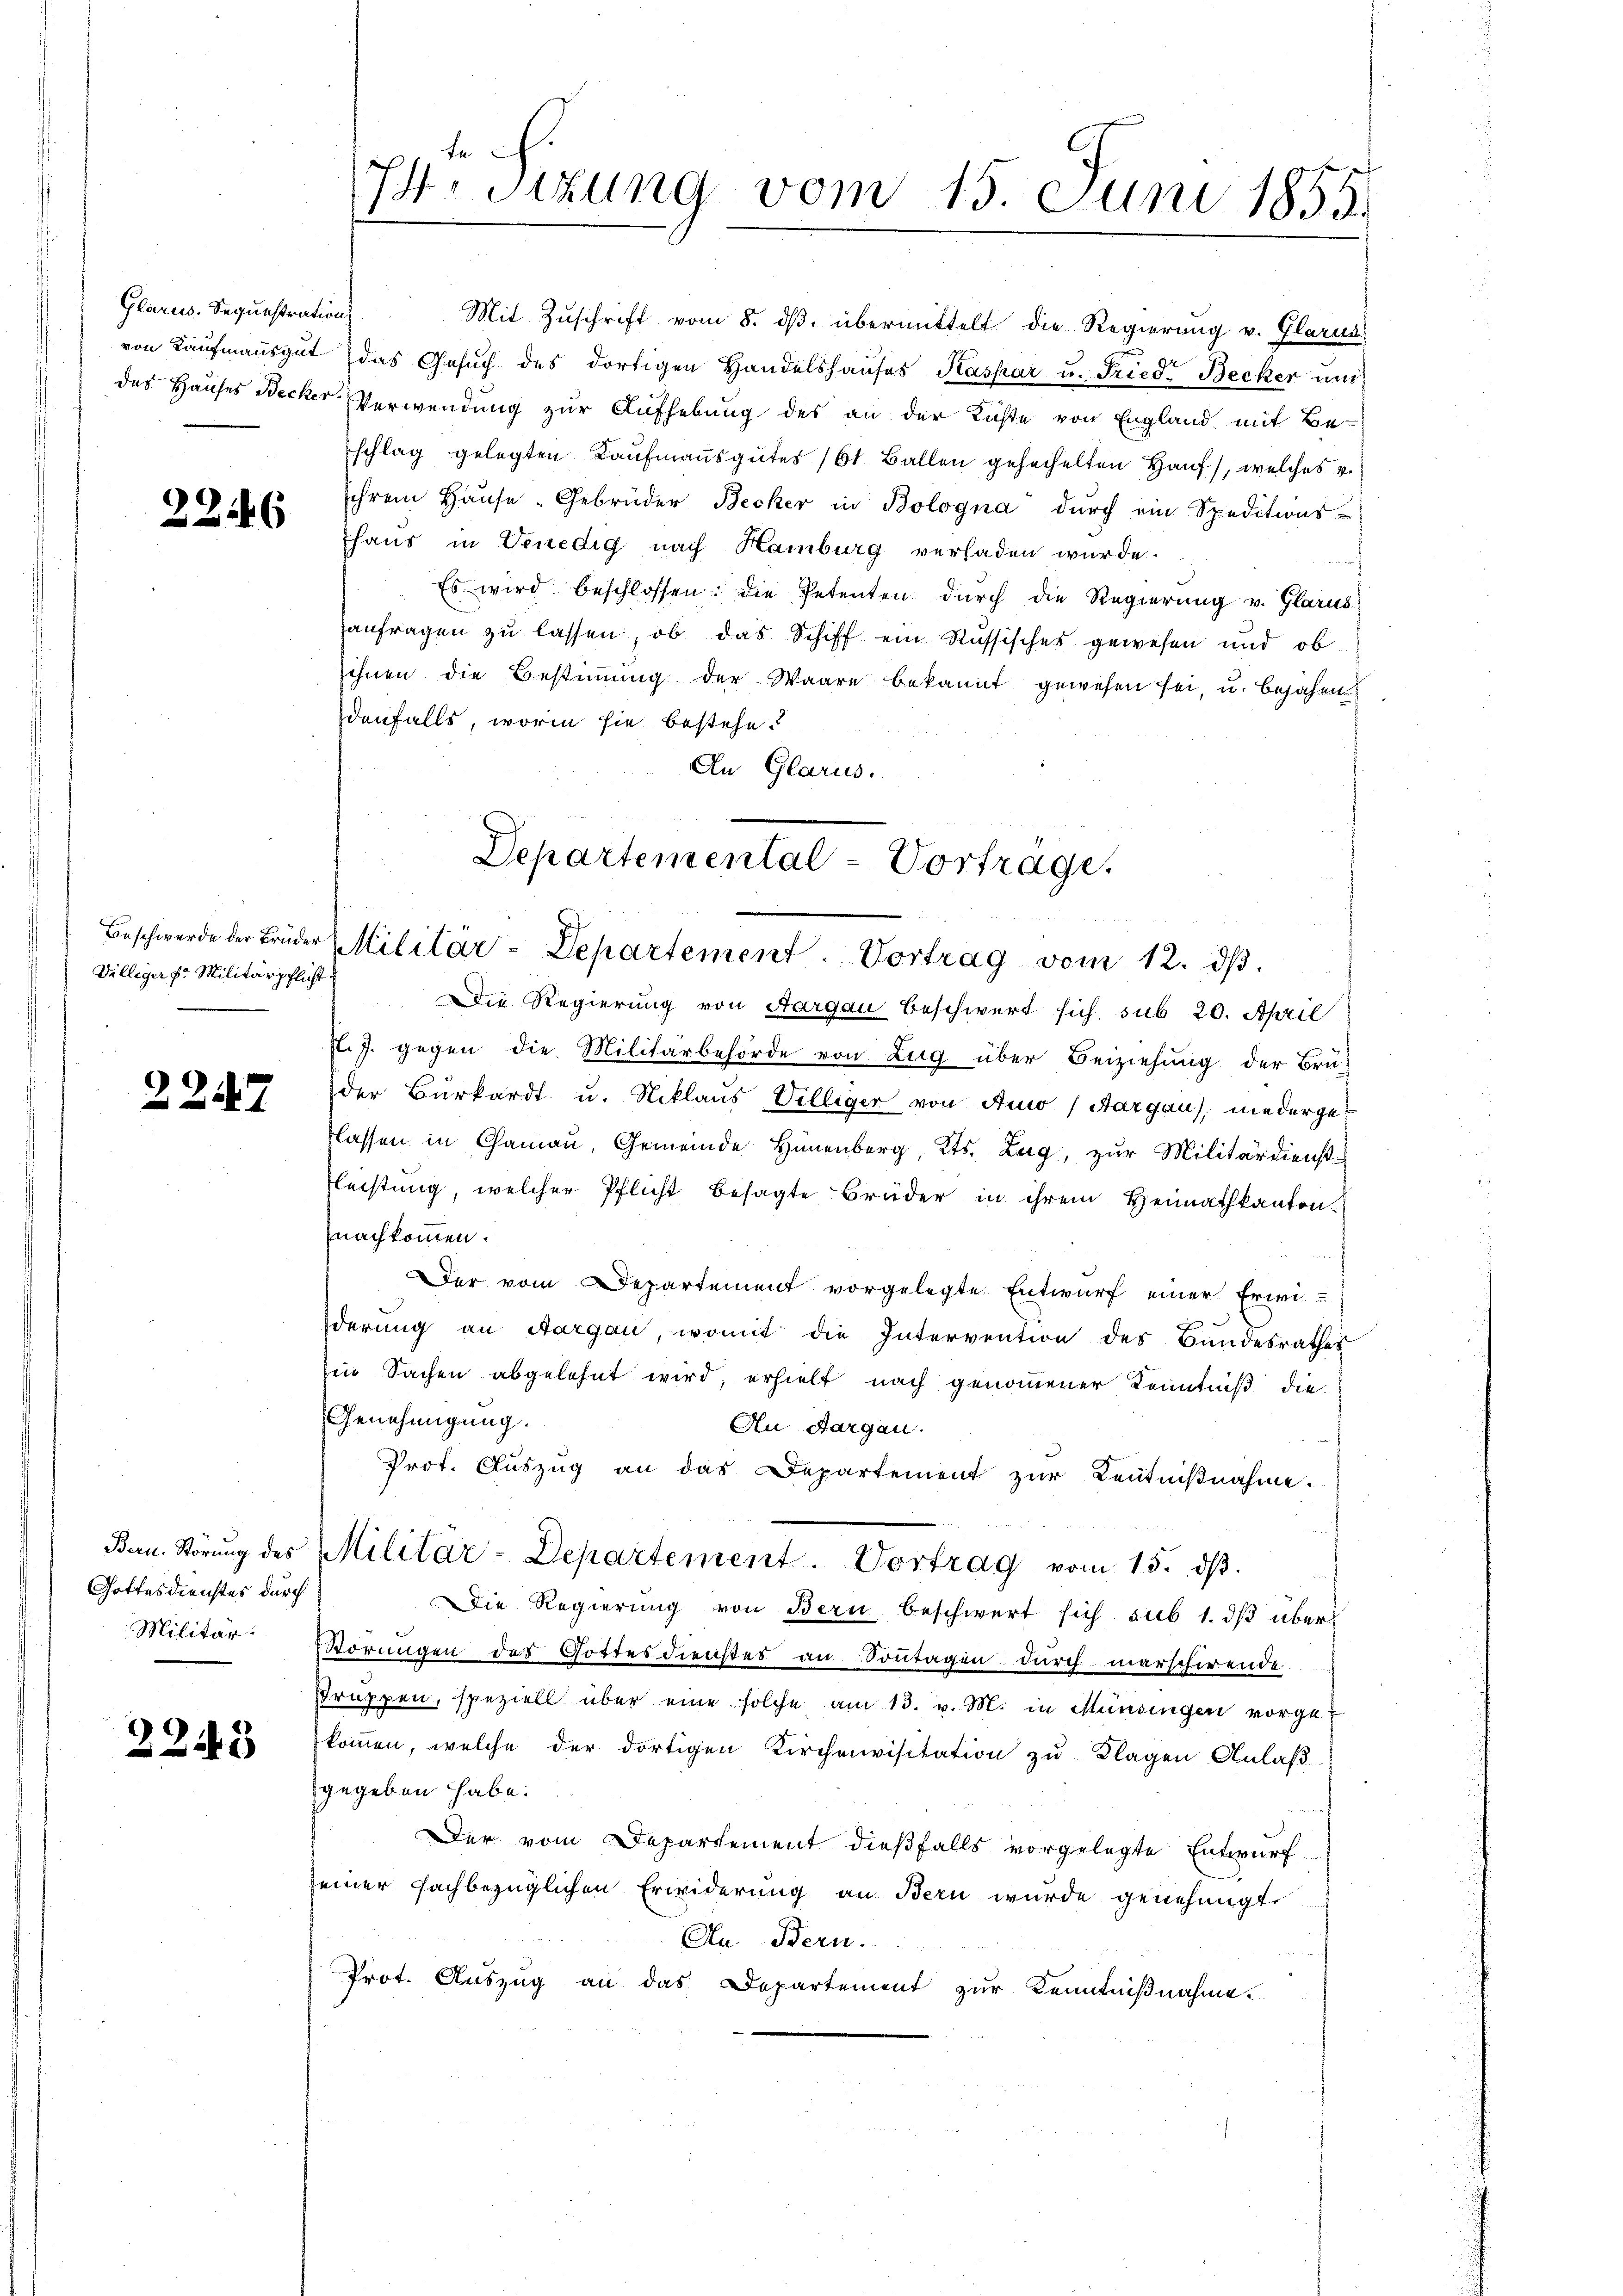
2246

Villiger E. Militärpflicht

2247

Gottesdienstes durch
Militär.

2245

fe
74. Sitzung vom 15. Juni 1855.

Glarus. Sequestration Mit Zuschrift vom 8. dβ übermittelt die Regierung v. Glarus
von Kaŭfmaṅsgŭt das Gesŭch des dortigen Handelshaŭses Kaspar u. Fried. Becker und
das Hauses Becker Verwendung zur Aufhebung des an der Richte von England mit Be-
schlag gelegten Kaufmannsgutes 161. Ballen gehechelten Haus, welches v
ihrem Haŭse-Gebrüder Becker in Bologna durch ein Speditions-
Thaus in Venedig nach Hamburg verladen wurde.
Es wird beschlossen: die Petenten durch die Regierung v. Glarus
anfragen zu lassen, ob das Schiff ein Russisches gewesen und ob
sihnen die Bestiṁŭng der Waare bekannt gewesen sei, u. bejahen
denfalls, worin sie bestehe.
An Glarus.
Die Regierung von Aargau beschwert sich sub 20. April
J. gegen die Militärbehörde von Zug über Beiziehung der Brü-
der Burkardt u. Niklaus Villiger von Auw (Aargau), niederge¬
Klassen in Chamau, Gemeinde Hünenberg, Kts. Zug, zur Militärdienst¬
Fleistung, welcher Pflicht besagte Brüder in ihrem Heimathkanton.
nachkommen.
Der vom Departement vorgelegte Entwurf einer Erwi
derung an Aargau, womit die Intervention des Bundesrathes
Ein Sachen abgelehnt wird, erhielt nach genommener Kenntniß die
Genehmigung.
Au Aargau.
Prot. Aŭszŭg an das Departement zŭr Kentniβnahme.
Ban. Störung des Militär-Departement. Vortrag vom 15. dβ.
Die Regierung von Bern beschwert sich sub 1. dβ über
Störungen des Gottesdienstes an Sonntagen durchmarschirende
struppen, speziell über eine solche am 13. v. M. in Münsingen vorget
kommen, welche der dortigen Kirchenvisitation zu Klagen Anlaß
gegeben habe.
Der vom Departement dießfalls vorgelegte Entwurf
seiner fachbezüglichen Erwiderung an Bern wurde genehmigt.
An Bern.
Prot. Auszug an das Departement zur Kenntnißnahme.

Departemental-Vorträge.
Beschwerde der Brüder Militär-Departement. Vortrag vom 12. dβ.